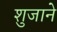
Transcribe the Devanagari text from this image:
शुजाने